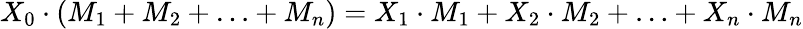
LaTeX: X_{0}\cdot(M_{1}+M_{2}+\ldots+M_{n})=X_{1}\cdot M_{1}+X_{2}\cdot M_{2}+\ldots+X_{n}\cdot M_{n}